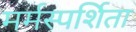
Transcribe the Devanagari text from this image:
मर्मस्पर्शिता